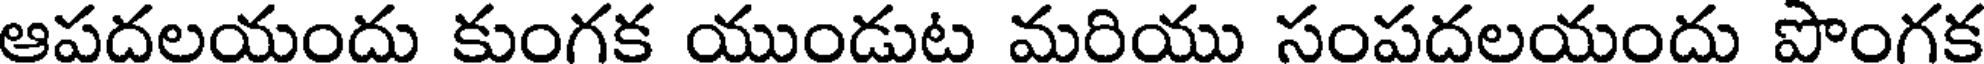
ఆపదలయందు కుంగక యుండుట మరియు సంపదలయందు పొంగక